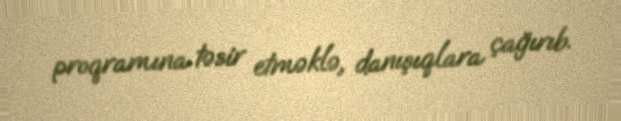
proqramına təsir etməklə, danışıqlara çağırıb.